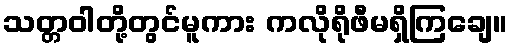
သတ္တဝါတို့တွင်မူကား ကလိုရိုဖီမရှိကြချေ။